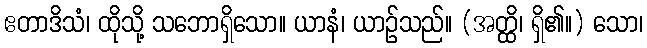
ဧတာဒိသံ၊ ထိုသို့ သဘောရှိသော။ ယာနံ၊ ယာဉ်သည်။ (အတ္ထိ၊ ရှိ၏။) သော၊